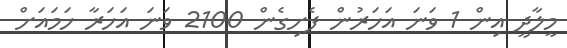
މީލާދީ އިން 1 ވަނަ އަހަރުން ފެށިގެން 2100 ވަނަ އަހަރާ ހަމައަށް